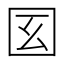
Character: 𡆻